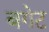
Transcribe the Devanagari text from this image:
बगेट